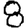
Digit: 8